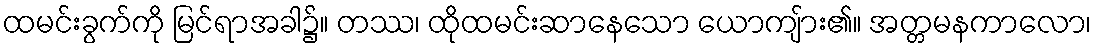
ထမင်းခွက်ကို မြင်ရာအခါ၌။ တဿ၊ ထိုထမင်းဆာနေသော ယောကျ်ား၏။ အတ္တမနကာလော၊